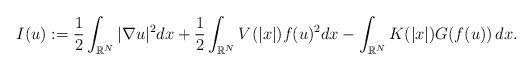
LaTeX: \begin{align*}I(u) := \frac{1}{2}\int_{\mathbb{R}^{N}}|\nabla u |^2 dx + \frac{1}{2}\int_{\mathbb{R}^{N}}V(|x|) f(u)^2 dx-\int_{\mathbb{R}^{N}}K(|x|) G(f (u)) \,dx .\end{align*}